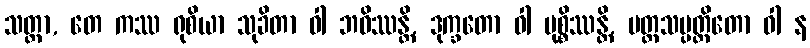
သတ္တာ, တေ ကဿ ရုစိယာ သုခိတာ ဝါ ဘဝိဿန္တိ, ဒုက္ခတော ဝါ မုစ္စိဿန္တိ, ပတ္တသမ္ပတ္တိတော ဝါ န